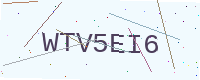
Text: WTV5EI6